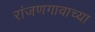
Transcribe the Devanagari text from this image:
रांजणगावाच्या